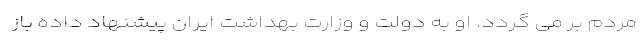
مردم بر می گردد. او به دولت و وزارت بهداشت ایران پیشنهاد داده باز